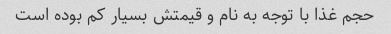
حجم غذا با توجه به نام و قیمتش بسیار کم بوده است